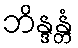
ဘိန္ဒန္တံ